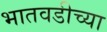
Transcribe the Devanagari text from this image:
भातवडीच्या